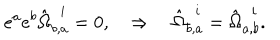
LaTeX: e ^ { a } e ^ { b } \hat { \Omega } _ { b , a } ^ { ~ ~ i } = 0 , \quad \Rightarrow \quad \hat { \Omega } _ { b , a } ^ { ~ ~ i } = \hat { \Omega } _ { a , b } ^ { ~ ~ i } .